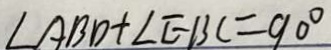
\angle A B D + \angle E B C = 9 0 ^ { \circ }